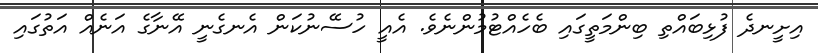
އިށީނދެ ފުޅިބައްތި ބިންމަތީގައި ބެހެއްޓުމުންނެވެ. އެއީ ހުސޭނުކަން އެނގެނީ އޭނާގެ އަނެއް އަތުގައި